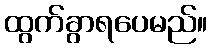
ထွက်ခွာရပေမည်။